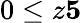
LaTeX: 0\leq z\le 5